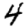
Digit: 4